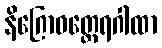
နိဂြောဓတ္ထေရဂါထာ